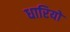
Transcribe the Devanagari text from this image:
धारियो